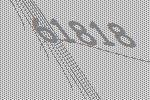
61818